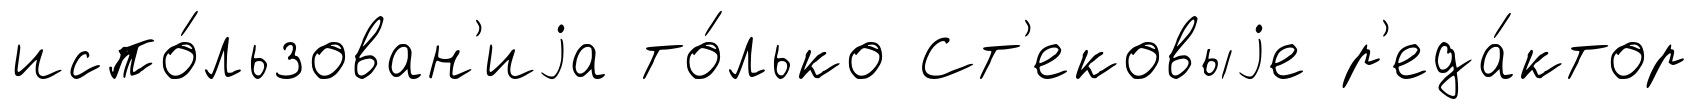
испо́льзован'иjа то́лько Ст'ековыjе р'еда́ктор